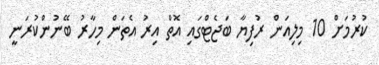
ކުރުމަށް 10 މިލިއަން ރުފިޔާ ބަޖެޓްގައި އޮތް އިރު އެތަން މިހާރު ބޭނުންކުރަނީ